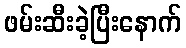
ဖမ်းဆီးခဲ့ပြီးနောက်